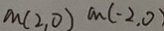
m ( 2 , 0 ) m ( - 2 , 0 )